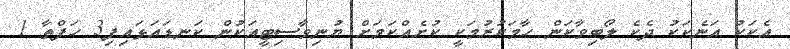
އެކަކު އަނެކަކު ދެކެ ލޯބިވާކަން ހާމަކުރުމަކީ ކުށެއްކަމަށް ޔުނިވާސިޓީއަކުން ކަނޑައަޅައިފި3 ހަފްތާ 1